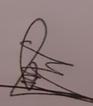
Signature authenticity: genuine